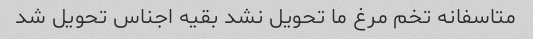
متاسفانه تخم مرغ ما تحویل نشد بقیه اجناس تحویل شد